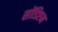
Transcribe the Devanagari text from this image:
सोंडिएम